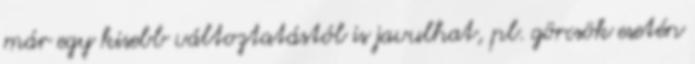
már egy kisebb változtatástól is javulhat, pl. görcsök esetén